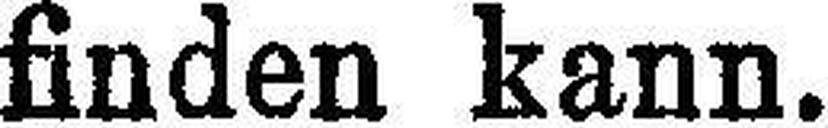
finden kann.